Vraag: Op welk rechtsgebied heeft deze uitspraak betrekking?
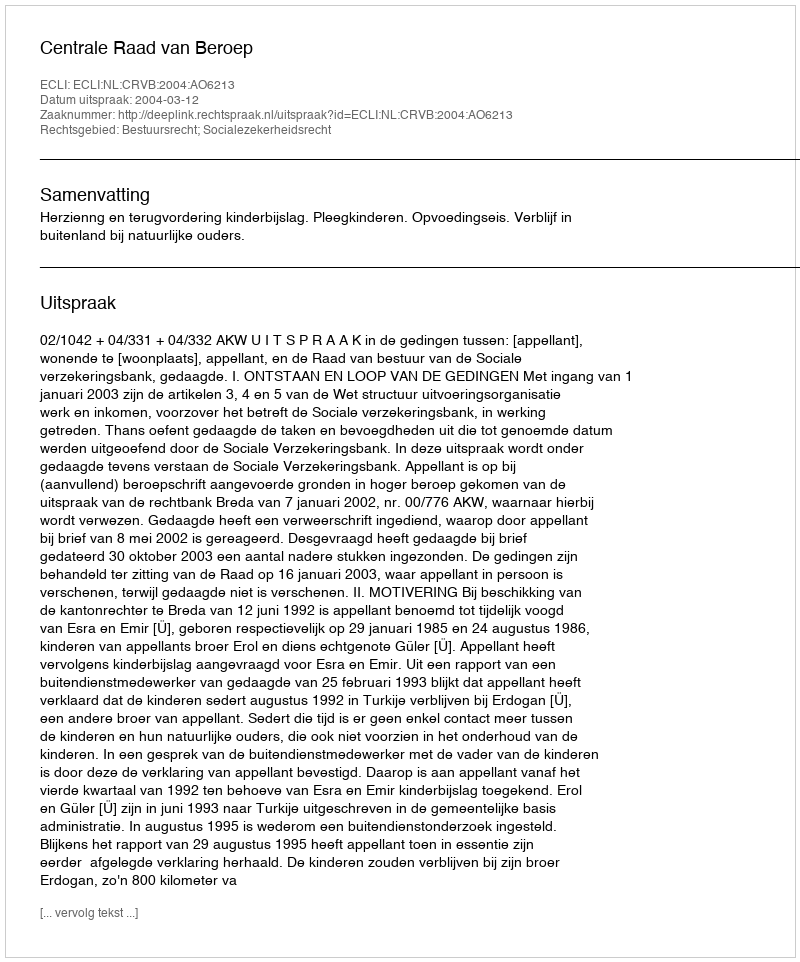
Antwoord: Bestuursrecht; Socialezekerheidsrecht